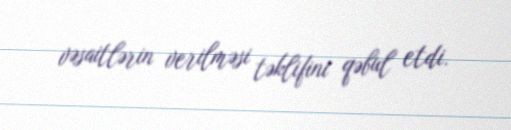
vəsaitlərin verilməsi təklifini qəbul etdi.